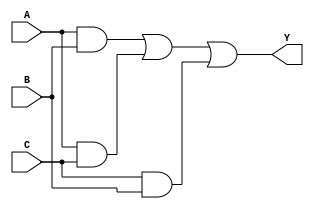
////////////////////////////////////////////////////////////////////////////////
//                                                                            //
//               Application Assignment Problem 4 Module 3 Course 2           //
//                                                                            //
////////////////////////////////////////////////////////////////////////////////
//
// 
// @file AAC2M3P4.v
// @brief Application Assignment 2-007 Example code with errors to be found
// @version: 1.0 
// Date of current revision:  @date 2019-06-03  
// Target FPGA: [Intel Altera MAX10] 
// Tools used: [Quartus Prime 16.1 or Sigasi] for editing and/or synthesis 
//             [Modeltech ModelSIM 10.4a Student Edition] for simulation 
//             [Quartus Prime 16.1]  for place and route if applied
//             
//  Functional Description:  This file contains the Verilog which describes the 
//               FPGA implementation of Majority Vote circuit. The inputs are 3 
//               scalars A, B, and C with Y as the output.
//
//  Hierarchy:  There is only one level in this simple design.
//        
//  Designed by:  @author [your name] 
//                [Organization]
//                [email] 
//
//      Copyright (c) 2019 by Tim Scherr
//
// Redistribution, modification or use of this software in source or binary
// forms is permitted as long as the files maintain this copyright. Users are
// permitted to modify this and use it to learn about the field of HDl code.
// Tim Scherr and the University of Colorado are not liable for any misuse
// of this material.
//////////////////////////////////////////////////////////////////////////////
// 
  	                                            		
module Majority (A, B, C, Y);                 	
   input  A, B, C;			
   output Y; 

   reg Y;           		

   always@(A or B or C)
   begin
       Y = (A&B) || (A & C) || (C & B);            	          	
   end
// student code here
endmodule // Majority